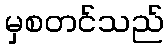
မှစတင်သည်